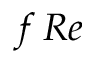
f \, R e